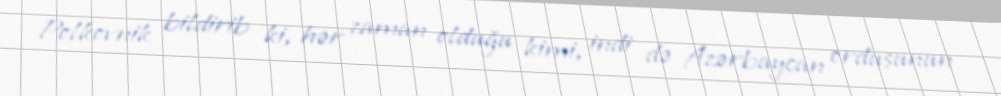
Polkovnik bildirib ki, hər zaman olduğu kimi, indi də Azərbaycan ordusunun